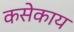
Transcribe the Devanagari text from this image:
कसेकाय